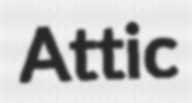
Attic